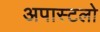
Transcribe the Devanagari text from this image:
अपास्टलो